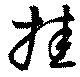
挂